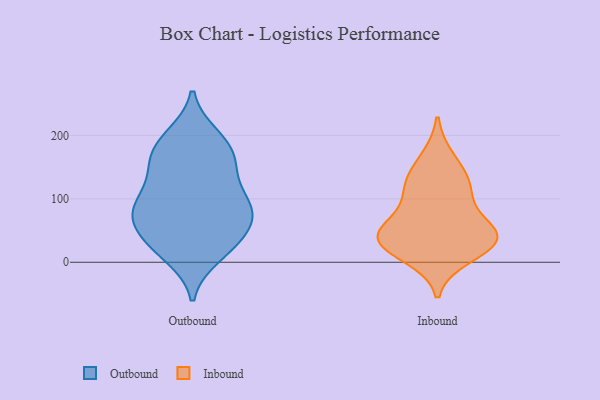
{"axis": {"x": "Conversion Rate (%)", "y": "Value"}, "legend": ["Inbound", "Outbound"], "data": [{"x": "", "y": 84, "type": "Outbound"}, {"x": "", "y": 137, "type": "Outbound"}, {"x": "", "y": 39, "type": "Outbound"}, {"x": "", "y": 156, "type": "Outbound"}, {"x": "", "y": 199, "type": "Outbound"}, {"x": "", "y": 165, "type": "Outbound"}, {"x": "", "y": 158, "type": "Outbound"}, {"x": "", "y": 89, "type": "Outbound"}, {"x": "", "y": 54, "type": "Outbound"}, {"x": "", "y": 184, "type": "Outbound"}, {"x": "", "y": 88, "type": "Outbound"}, {"x": "", "y": 84, "type": "Outbound"}, {"x": "", "y": 195, "type": "Outbound"}, {"x": "", "y": 47, "type": "Outbound"}, {"x": "", "y": 119, "type": "Outbound"}, {"x": "", "y": 10, "type": "Outbound"}, {"x": "", "y": 76, "type": "Outbound"}, {"x": "", "y": 84, "type": "Outbound"}, {"x": "", "y": 17, "type": "Outbound"}, {"x": "", "y": 26, "type": "Outbound"}, {"x": "", "y": 163, "type": "Inbound"}, {"x": "", "y": 43, "type": "Inbound"}, {"x": "", "y": 39, "type": "Inbound"}, {"x": "", "y": 34, "type": "Inbound"}, {"x": "", "y": 129, "type": "Inbound"}, {"x": "", "y": 59, "type": "Inbound"}, {"x": "", "y": 105, "type": "Inbound"}, {"x": "", "y": 41, "type": "Inbound"}, {"x": "", "y": 32, "type": "Inbound"}, {"x": "", "y": 118, "type": "Inbound"}, {"x": "", "y": 10, "type": "Inbound"}]}